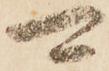
可